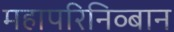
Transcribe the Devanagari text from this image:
महापरिनिव्बान